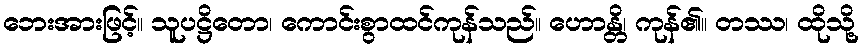
ဘေးအားဖြင့်။ သူပဋ္ဌိတော၊ ကောင်းစွာထင်ကုန်သည်။ ဟောန္တိ၊ ကုန်၏။ တဿ၊ ထိုသို့